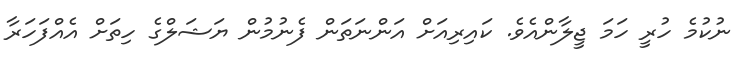
ނުކުމެ ހުރީ ހަމަ ޖީލާންއެވެ. ކައިރިއަށް އަންނަތަން ފެނުމުން ޔަޝަލްގެ ހިތަށް އެއްފަހަރާ